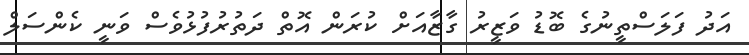
އަދު ފަލަސްތީނުގެ ބޮޑު ވަޒީރު ގާޒާއަށް ކުރަން އޮތް ދަތުރުފުޅުވެސް ވަނީ ކެންސަލް